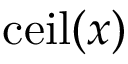
\operatorname { c e i l } ( x )